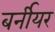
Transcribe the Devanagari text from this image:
बर्नीयर